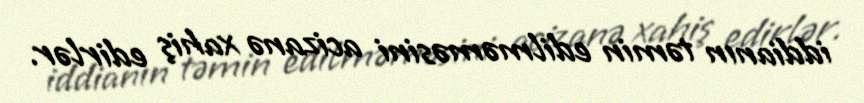
iddianın təmin edilməməsini acizanə xahiş edirlər.